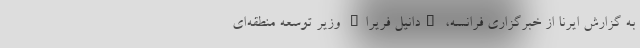
به گزارش ایرنا از خبرگزاری فرانسه، "دانیل فریرا" وزیر توسعه منطقه‌ای